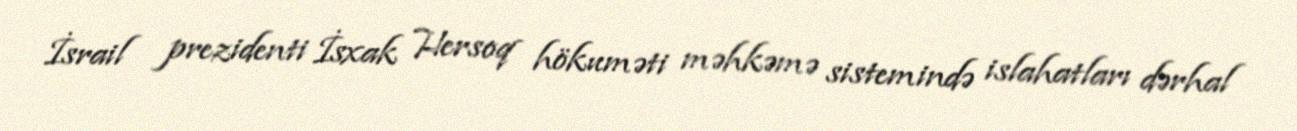
İsrail prezidenti İsxak Hersoq hökuməti məhkəmə sistemində islahatları dərhal